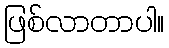
ဖြစ်လာတာပါ။